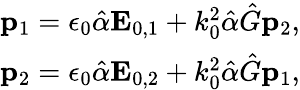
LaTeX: \begin{array}{r}{\mathbf p_{1}=\epsilon_{0}\hat{\alpha}\mathbf E_{0,1}+k_{0}^{2}\hat{\alpha}\hat{G}\mathbf p_{2},}\\ {\mathbf p_{2}=\epsilon_{0}\hat{\alpha}\mathbf E_{0,2}+k_{0}^{2}\hat{\alpha}\hat{G}\mathbf p_{1},}\end{array}